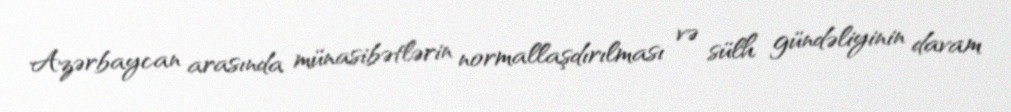
Azərbaycan arasında münasibətlərin normallaşdırılması və sülh gündəliyinin davam